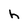
Character: h